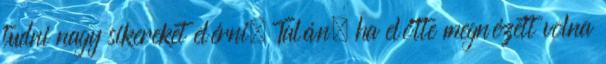
tudni nagy sikereket elérni. Talán, ha előtte megnézett volna